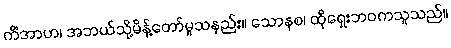
ကိံအာဟ၊ အဘယ်သို့မိန့်တော်မူသနည်း။ သောနစ၊ ထိုရှေးဘဝကသူသည်။